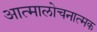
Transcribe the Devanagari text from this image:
आत्मालोचनात्मक